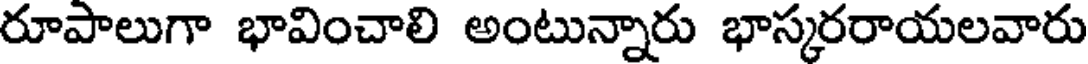
రూపాలుగా భావించాలి అంటున్నారు భాస్కరరాయలవారు